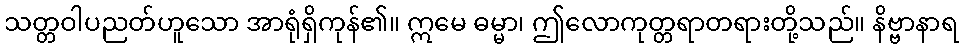
သတ္တဝါပညတ်ဟူသော အာရုံရှိကုန်၏။ ဣမေ ဓမ္မာ၊ ဤလောကုတ္တရာတရားတို့သည်။ နိဗ္ဗာနာရ